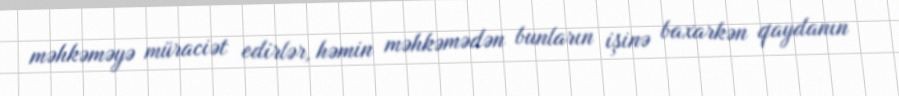
məhkəməyə müraciət edirlər, həmin məhkəmədən bunların işinə baxarkən qaydanın